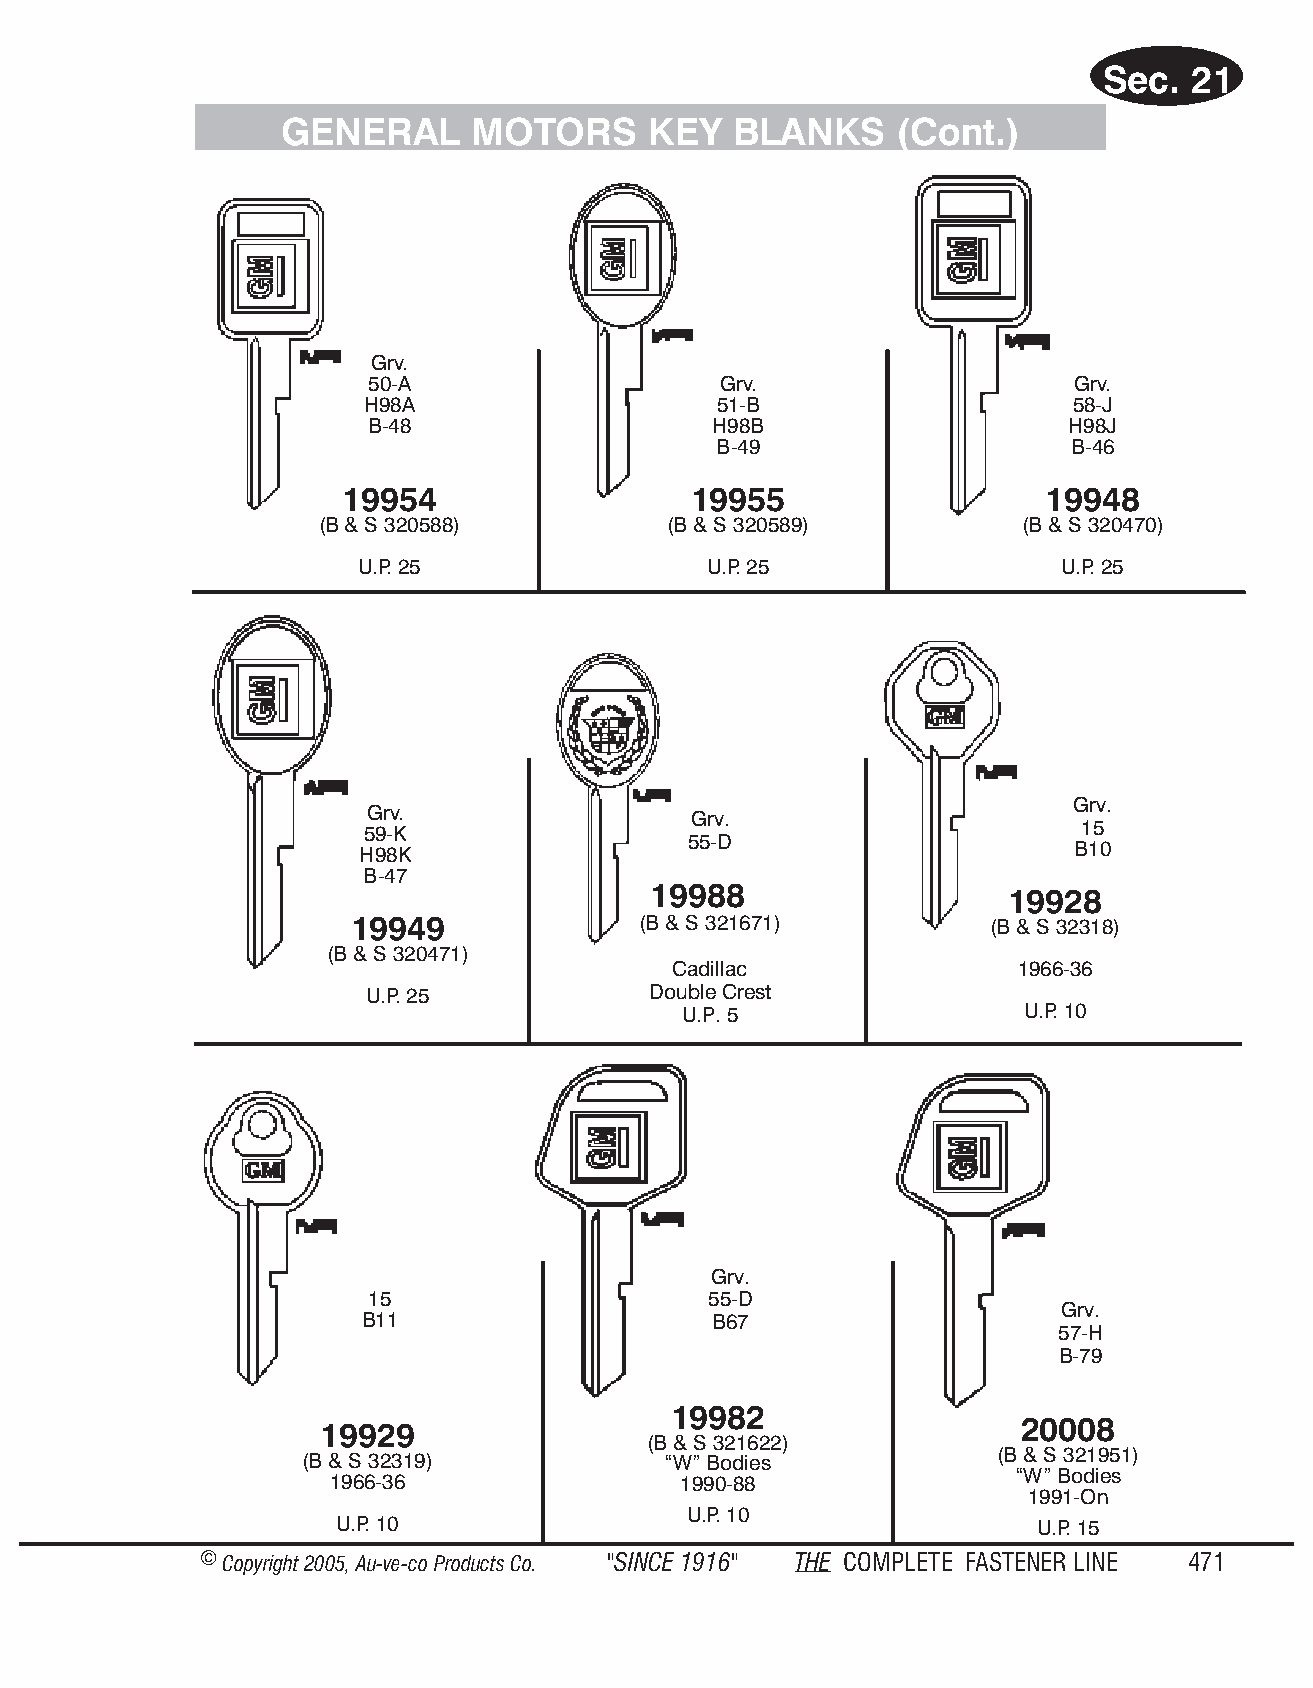
Sec.  21
 GEN  ERAL   MO   TORS   KEY   BLANKS     (Cont.)
 Grv.
 50-A                   Grv.                   Grv.
 H98A                    51-B                   58-J
 B-48                  H98B                    H98J
 B-49                   B-46
 19954                  19955                  19948
 (B & S 320588)         (B & S 320589)          (B & S 320470)
 U.P. 25                U.P. 25                U.P. 25
 Grv.
 Grv.                 Grv.
 15
 59-K
 55-D
 B10
 H98K
 B-47
 19988
 19928
 19949               (B & S 321671)         (B & S 32318)
 (B & S 320471)
 Cadillac               1966-36
 U.P. 25            Double Crest
 U.P. 5                 U.P. 10
 Grv.
 15                    55-D
 Grv.
 B11                    B67
 57-H
 B-79
 19982
 20008
 19929
 (B & S 321622)
 (B & S 321951)
 (B & S 32319)           “W” Bodies
 “W” Bodies
 1966-36                1990-88
 1991-On
 U.P. 10
 U.P. 10                                        U.P. 15
 © Copyr ight 2005, Au-ve-co Produ cts Co. "SINCE 1916" THE COM PLETE FAST ENER LINE 471